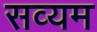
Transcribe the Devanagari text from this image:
सव्यम